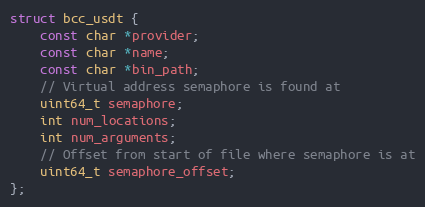
Language: C
struct bcc_usdt {
    const char *provider;
    const char *name;
    const char *bin_path;
    // Virtual address semaphore is found at
    uint64_t semaphore;
    int num_locations;
    int num_arguments;
    // Offset from start of file where semaphore is at
    uint64_t semaphore_offset;
};